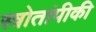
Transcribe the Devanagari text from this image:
स्त्रोतांपीकी